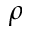
\rho